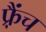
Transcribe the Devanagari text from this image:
फ़्रैंच